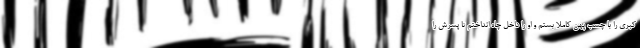
کبری را با چسب پهن کاملا بستم و او را داخل چاه انداختم تا پسرش را